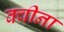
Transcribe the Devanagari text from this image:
क्वीना